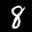
Digit: 8